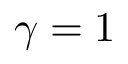
\gamma = 1